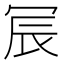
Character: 𫤹